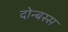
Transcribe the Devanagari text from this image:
दोन्बस्स